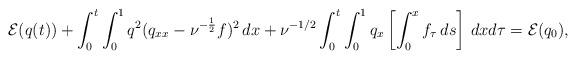
LaTeX: \begin{align*}\mathcal{E}(q(t))+\int_0^t\int_0^1{q^2 (q_{xx} - \nu^{-\frac{1}{2}} f)^2 \,dx}+\nu^{-1/2}\int_0^t\int_0^1q_x\left[\int_0^xf_\tau\,ds\right]\,dxd\tau=\mathcal{E}(q_0),\end{align*}